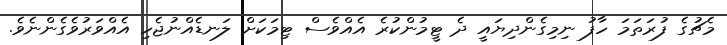
މެޗުގެ ފުރަތަމަ ހާފު ނިމިގެންދިޔައީ ދެ ޓީމުންކުރެ އެއްވެސް ޓިމަކަށް ލަނޑެއްނުޖެހި އެއްވަރުވެގެންނެވެ.